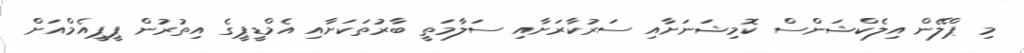
މި ޕްލޭން އިލެކްޝަންސް ކޮމިޝަނަށާއި ސަރުކާރަށާއި ސަލާމަތީ ބާރުތަކަށާއި އެމްޑީޕީގެ އިތުރުން ޕީޕީއެމްއަށް